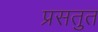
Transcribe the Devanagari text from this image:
प्रसतुत